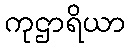
ကုဌာရိယာ